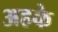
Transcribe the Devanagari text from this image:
अहके